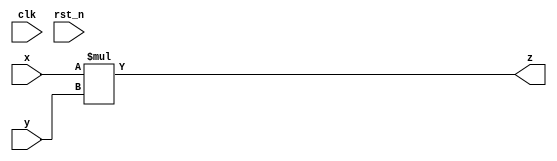
module _8bitmultclk(z,x,y,clk,rst_n);
	input [7:0]x,y;
	input clk,rst_n;
	output wire[15:0]z;
	reg [7:0]a,b;
	always@(posedge clk or negedge rst_n)
	begin
		if(!rst_n)
		begin
			a<=0;
			b<=0;
		end
		else
		begin
			a<=x;
			b<=y;
		end
	end
	assign z=x*y;
endmodule